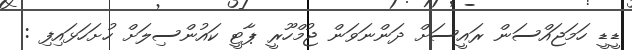
ޑީޑީ ހަމަޖައްސަން ރައީސަށް ދަންނަވަން ޖުމްހޫރީ ޕާޓީ ކައުންސިލަށް ހުށަހަޅައިފި :